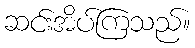
ဆင်းအိပ်ကြသည်။